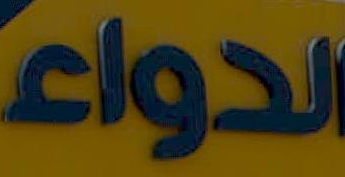
الدواء